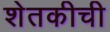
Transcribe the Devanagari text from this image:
शेतकीची